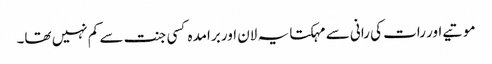
موتیے اور رات کی رانی سے مہکتا یہ لان اور برامدہ کسی جنت سے کم نہیں تھا۔